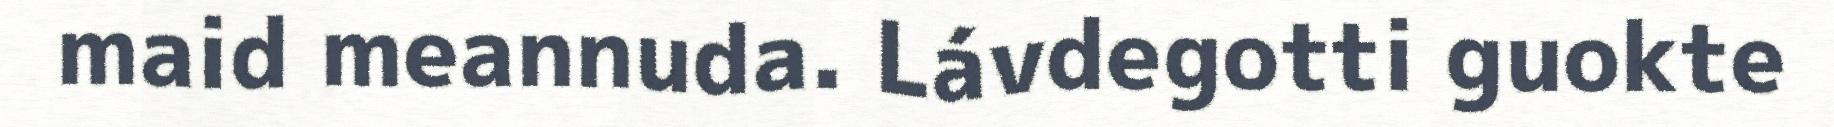
maid meannuda. Lávdegotti guokte